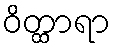
ဝိတ္ထာရာ